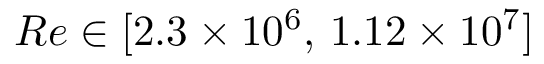
{ R e } \in [ 2 . 3 \times 1 0 ^ { 6 } , \, 1 . 1 2 \times 1 0 ^ { 7 } ]